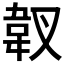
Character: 𱁿